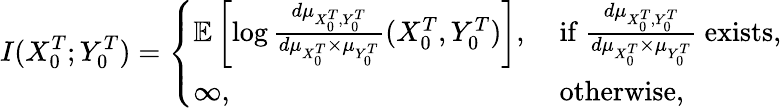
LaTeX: I(X_{0}^{T};Y_{0}^{T})=\left\{ \begin{array}{ll}{{\mathbb{E}}\left[\log\frac{d\mu_{X_{0}^{T},Y_{0}^{T}}}{d\mu_{X_{0}^{T}}\times\mu_{Y_{0}^{T}}}(X_{0}^{T},Y_{0}^{T})\right],}&{\mathrm{~if~}\frac{d\mu_{X_{0}^{T},{Y_{0}^{T}}}}{d\mu_{X_{0}^{T}}\times\mu_{Y_{0}^{T}}}\mathrm{~exists},}\\ {\infty,}&{\mathrm{~otherwise},}\end{array}\right.